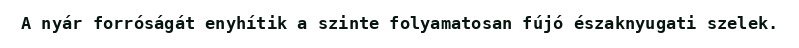
A nyár forróságát enyhítik a szinte folyamatosan fújó északnyugati szelek.